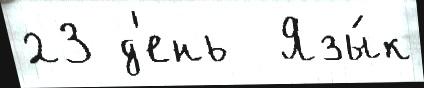
23 д'ень  Язы́к